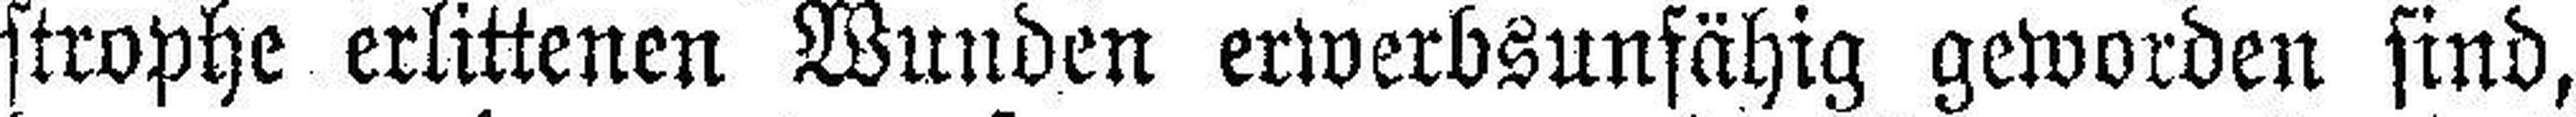
strophe erlittenen Wunden erwerbsunfähig geworden sind,